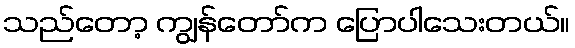
သည်တော့ ကျွန်တော်က ပြောပါသေးတယ်။